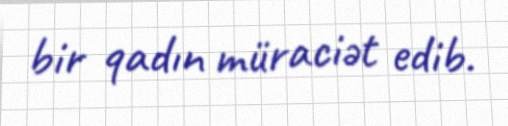
bir qadın müraciət edib.